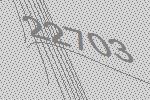
22703